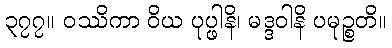
၃၇၇။ ဝဿိကာ ဝိယ ပုပ္ဖါနိ၊ မဒ္ဒဝါနိ ပမုဉ္စတိ။